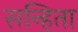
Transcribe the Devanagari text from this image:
सन्हिता